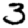
Digit: 3